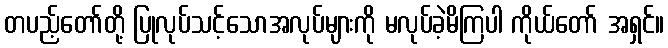
တပည့်တော်တို့ ပြုလုပ်သင့်သောအလုပ်များကို မလုပ်ခဲ့မိကြပါ ကိုယ်တော် အရှင်။